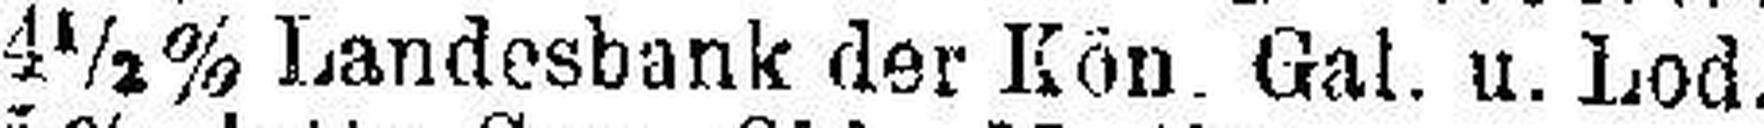
4½% Landesbank der Kön. Gal. u. Lod.